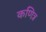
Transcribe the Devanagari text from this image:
कणित्र